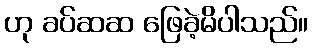
ဟု ခပ်ဆဆ ဖြေခဲ့မိပါသည်။